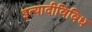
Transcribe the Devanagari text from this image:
इत्यादीविविध